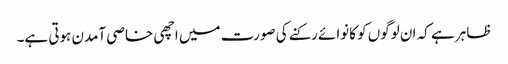
ظاہر ہے کہ ان لوگوں کو کانوائے رکنے کی صورت میں اچھی خاصی آمدن ہوتی ہے۔